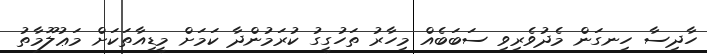
ހާދިސާ ހިނގަން މެދުވެރިވި ސަބަބެއް މިހާރު ތަހުގީގު ކުރަމުންދާ ކަމަށް މީޑިއާތަކަށް މަޢުލޫމާތު